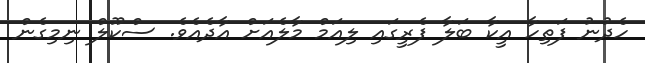
ހެދުނު ފަތިހާ އީކާ ބަލާ ފެރީގައި ލިއަމް މާލެއަށް އާދެއެވެ. ސްކޫލް ނިމިގެން